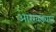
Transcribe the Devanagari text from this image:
आरखड्यात